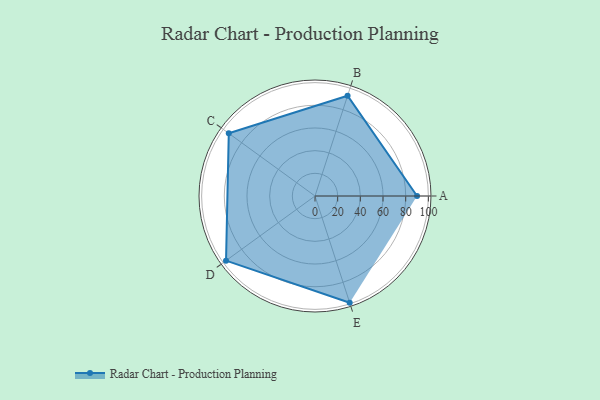
{"axis": {"x": "Skill", "y": "Score"}, "legend": ["Profile"], "data": [{"x": "A", "y": 90.0, "type": "Profile"}, {"x": "B", "y": 93.0, "type": "Profile"}, {"x": "C", "y": 94.0, "type": "Profile"}, {"x": "D", "y": 97.0, "type": "Profile"}, {"x": "E", "y": 99, "type": "Profile"}]}